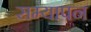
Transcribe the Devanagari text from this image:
सम्यापन